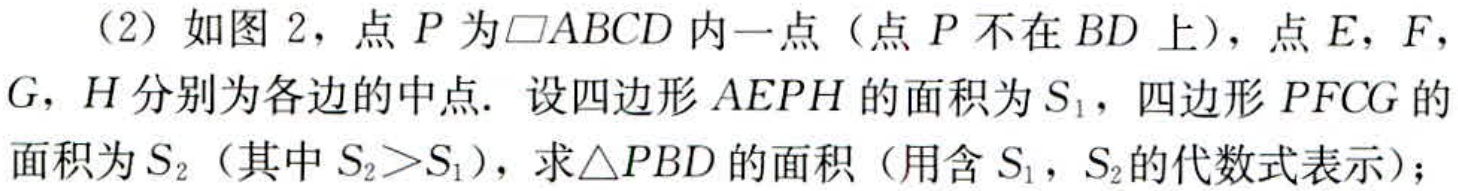
（2）如图2，点\(P\)为\(\square ABCD\)内一点（点\(P\)不在\(BD\)上），点\(E,F,G,H\)分别为各边的中点. 设四边形\(AEPH\)的面积为\(S_{1}\)，四边形\(PFCG\)的面积为\(S_{2}\)（其中\(S_{2}>S_{1}\)），求\(\triangle PBD\)的面积（用含\(S_{1},S_{2}\)的代数式表示）；